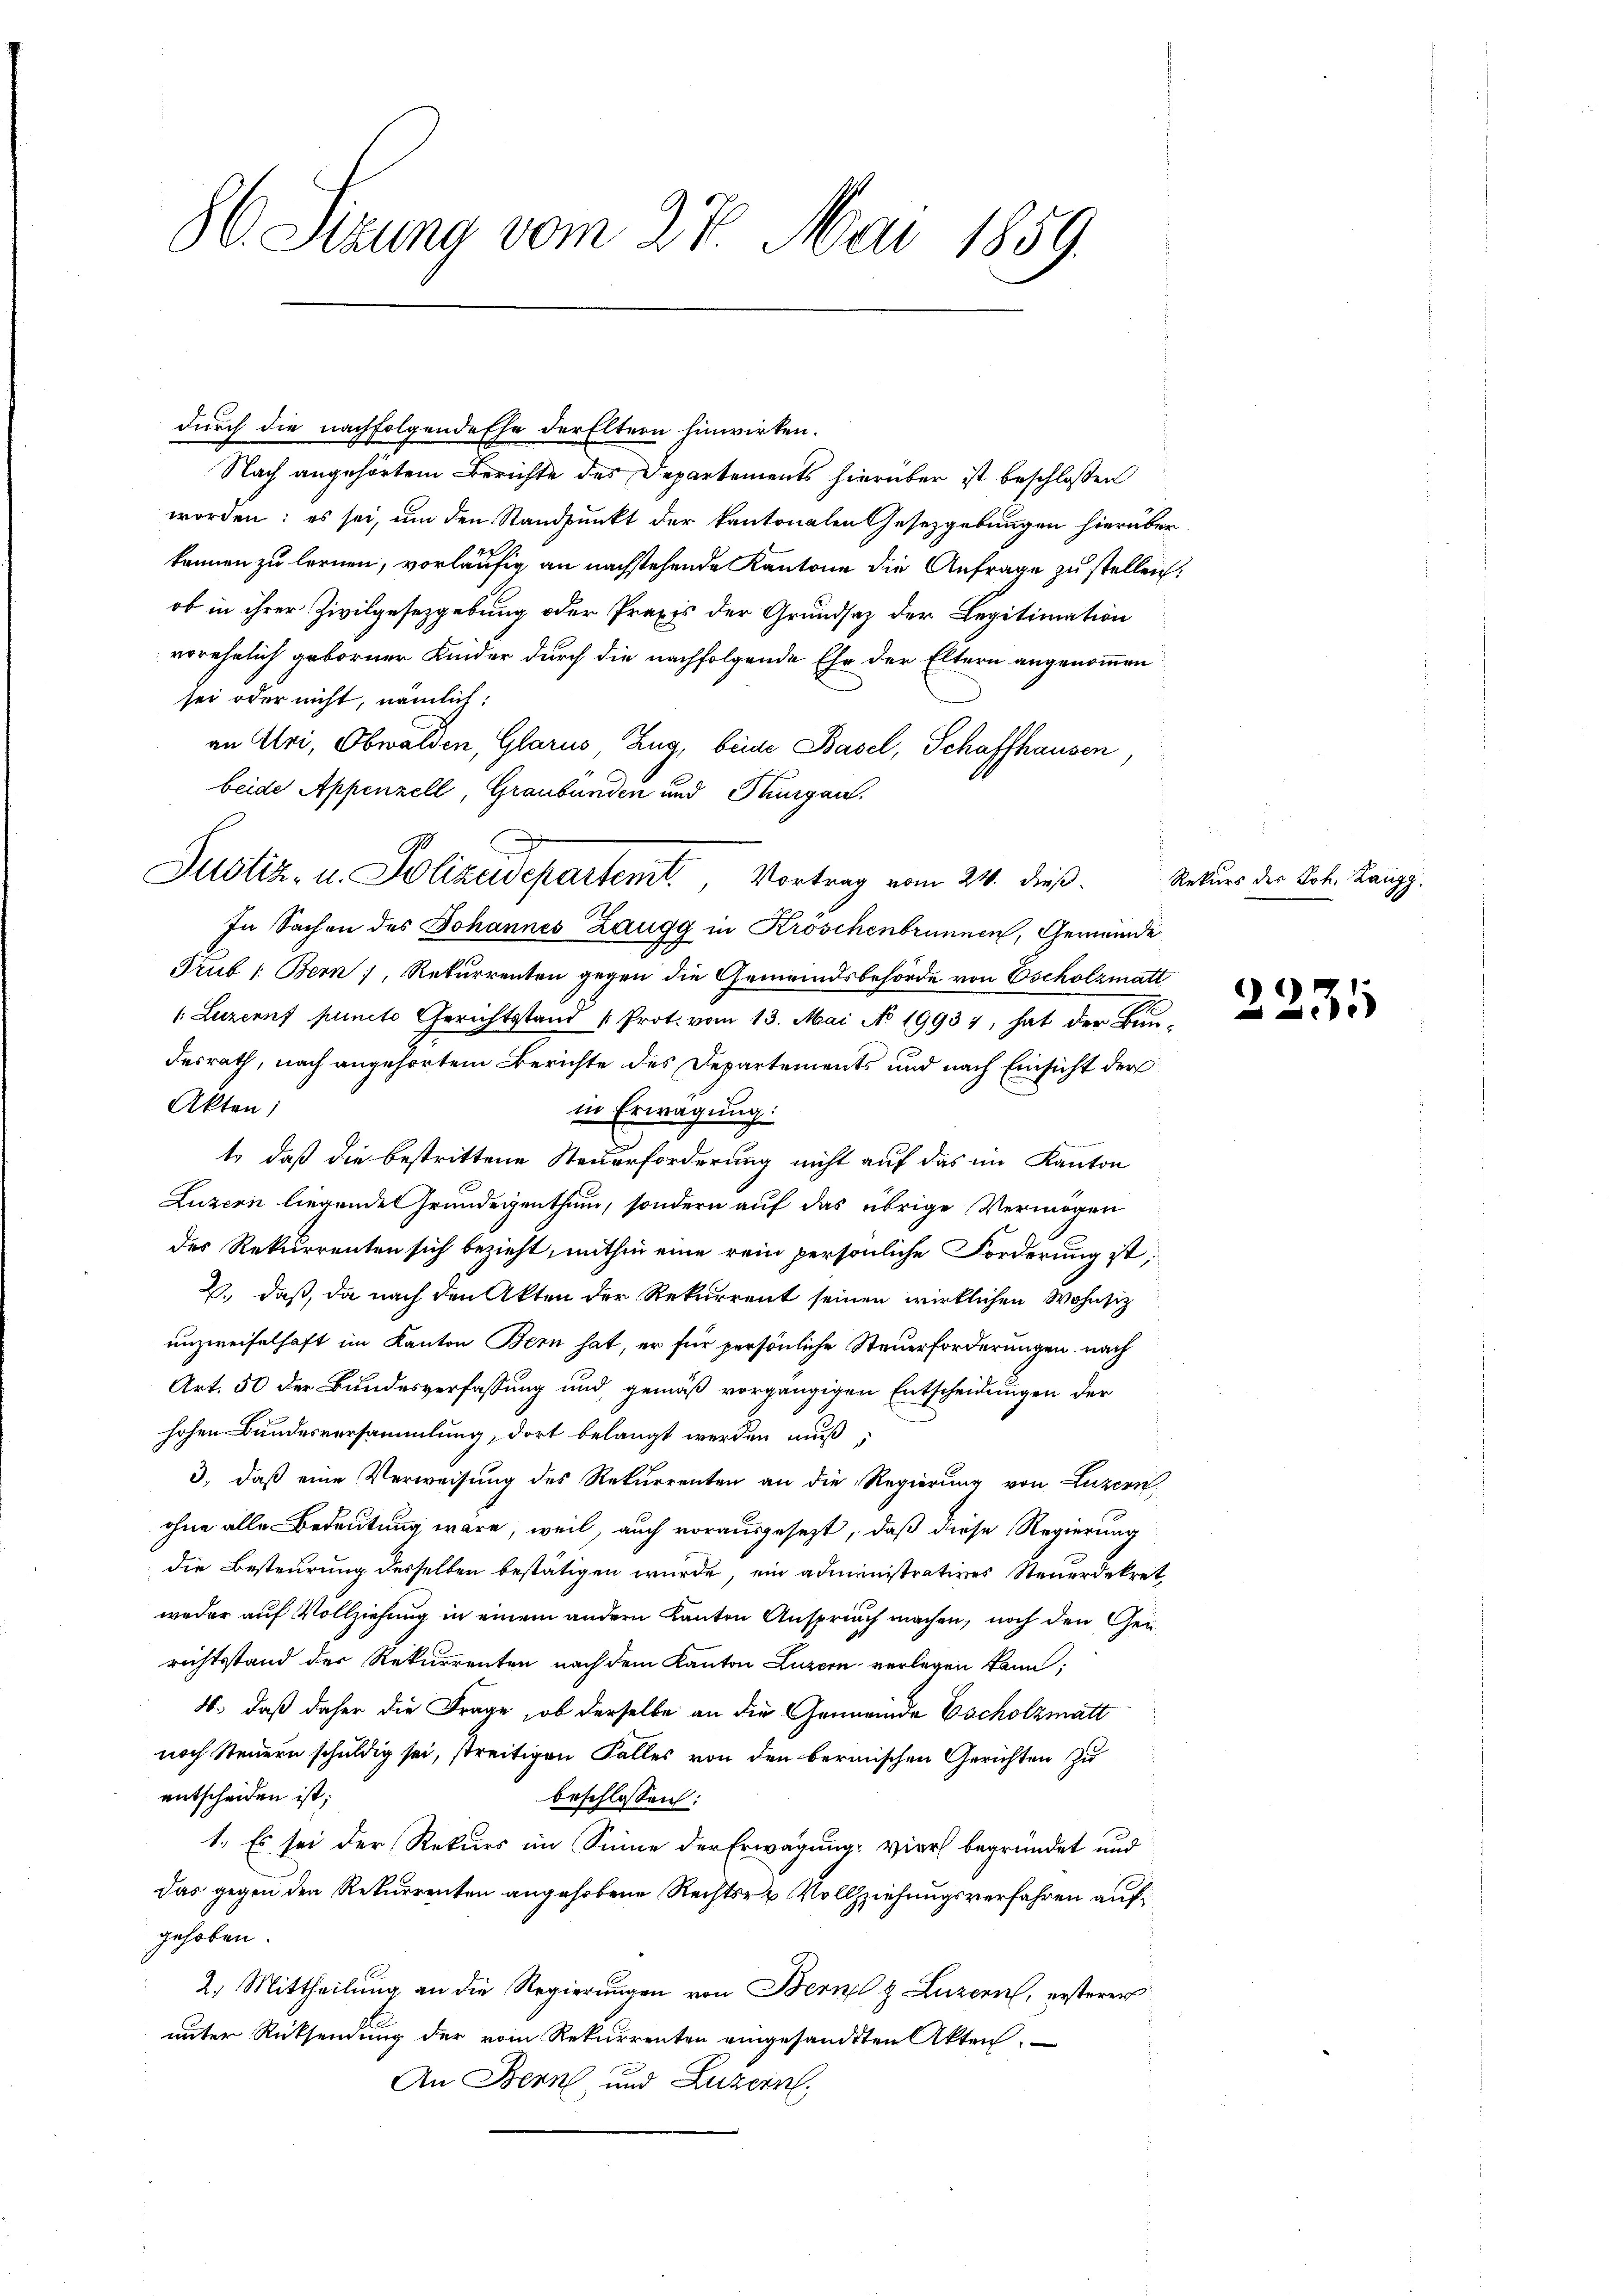
86. Sitzung vom 27. Mai 1859.

Justiz- u. Polizeidepartemit Vortrag vom 24. dieß.

durch die nachfolgende Ehe der Eltern hinwirken.
Nach angehörtem Berichte des Departements hierüber ist beschlossen
worden: es sei, um den Standpunkt der kantonalen Gesetzgebungen hierüber
können zu lernen, vorläufig an nachstehende Kantone die Anfrage zu stellen.
ob in ihrer Zivilgesezgebung oder Praxis der Grundsaz der Legitimation
vorehelich geborner Kinder durch die nachfolgende Ehe der Eltern angenommen
sei oder nicht, nämlich:
an Uri, Obwalden, Glarus Zug, beide Basel, Schaffhausen,
beide Appenzell, Graubünden und Thurgau.
In Sachen des Johannes Zaugg in Kroschenbrunnen, Gemeinde
Trub 1: Bern, Rekurrenten gegen die Gemeindsbehörde von scholzmatt
(Luzern puncto Gerichtsstand Prot. vom 13. Mai No 19934, hat der Bun-
desrath, nach angehörtem Berichte des Departements und nach Einsicht der
Akten;
in Erwägung:
t, daß die bestrittene Steuerforderung nicht auf das im Kanton
Luzern liegende Grundeigenthum, sondern auf das übrige Vermögen
des Rekurrenten sich bezieht, mithin eine rein persönliche Forderung ist;
2., daß, da nach den Akten der Rekurrent seinen wirklichen Wohnsitz
unzweifelhaft im Kanton Bern hat, er für persönliche Steuerforderungen nach
Art. 50 der Bundesverfassung und gemäß vorgängigen Entscheidungen der
hohen Bundesversammlung, dort belangt werden muß;
3., daß eine Verweisung des Rekurrenten an die Regierung von Luzern,
ohne alle Bedeutung wäre, weil, auch vorausgesezt, daß diese Regierung
die Besteurung desselben bestätigen wurde, ein administratives Steuerdekret
weder auf Vollziehung in einem andern Kanton Anspruch machen, noch den Gerichtsstand der Rekurrenten nach dem Kanton Luzern verlegen kann;
4. daß daher die Frage, ob derselbe an die Gemeinde Escholzmatt
noch Steuern schuldig sei, streitigen Falles von den bermischen Gerichten zu
entscheiden ist;
beschlossen:
1. Es sei der Rekurs im Sinne der Erwägung, vier begründet und
das gegen den Rekurrenten angehobene Rechts- u Vollziehungsverfahren aufgehoben.
2. Mittheilŭng an die Regierŭngen von Bern & Luzern, ersterer
unter Rücksendung der vom Rekurrenten eingesandten Akten.
An Bern und Luzern,

Rekurs der Joh. Langg.

2231